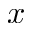
x